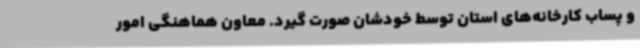
و پساب کارخانه‌های استان توسط خودشان صورت گیرد. معاون هماهنگی امور